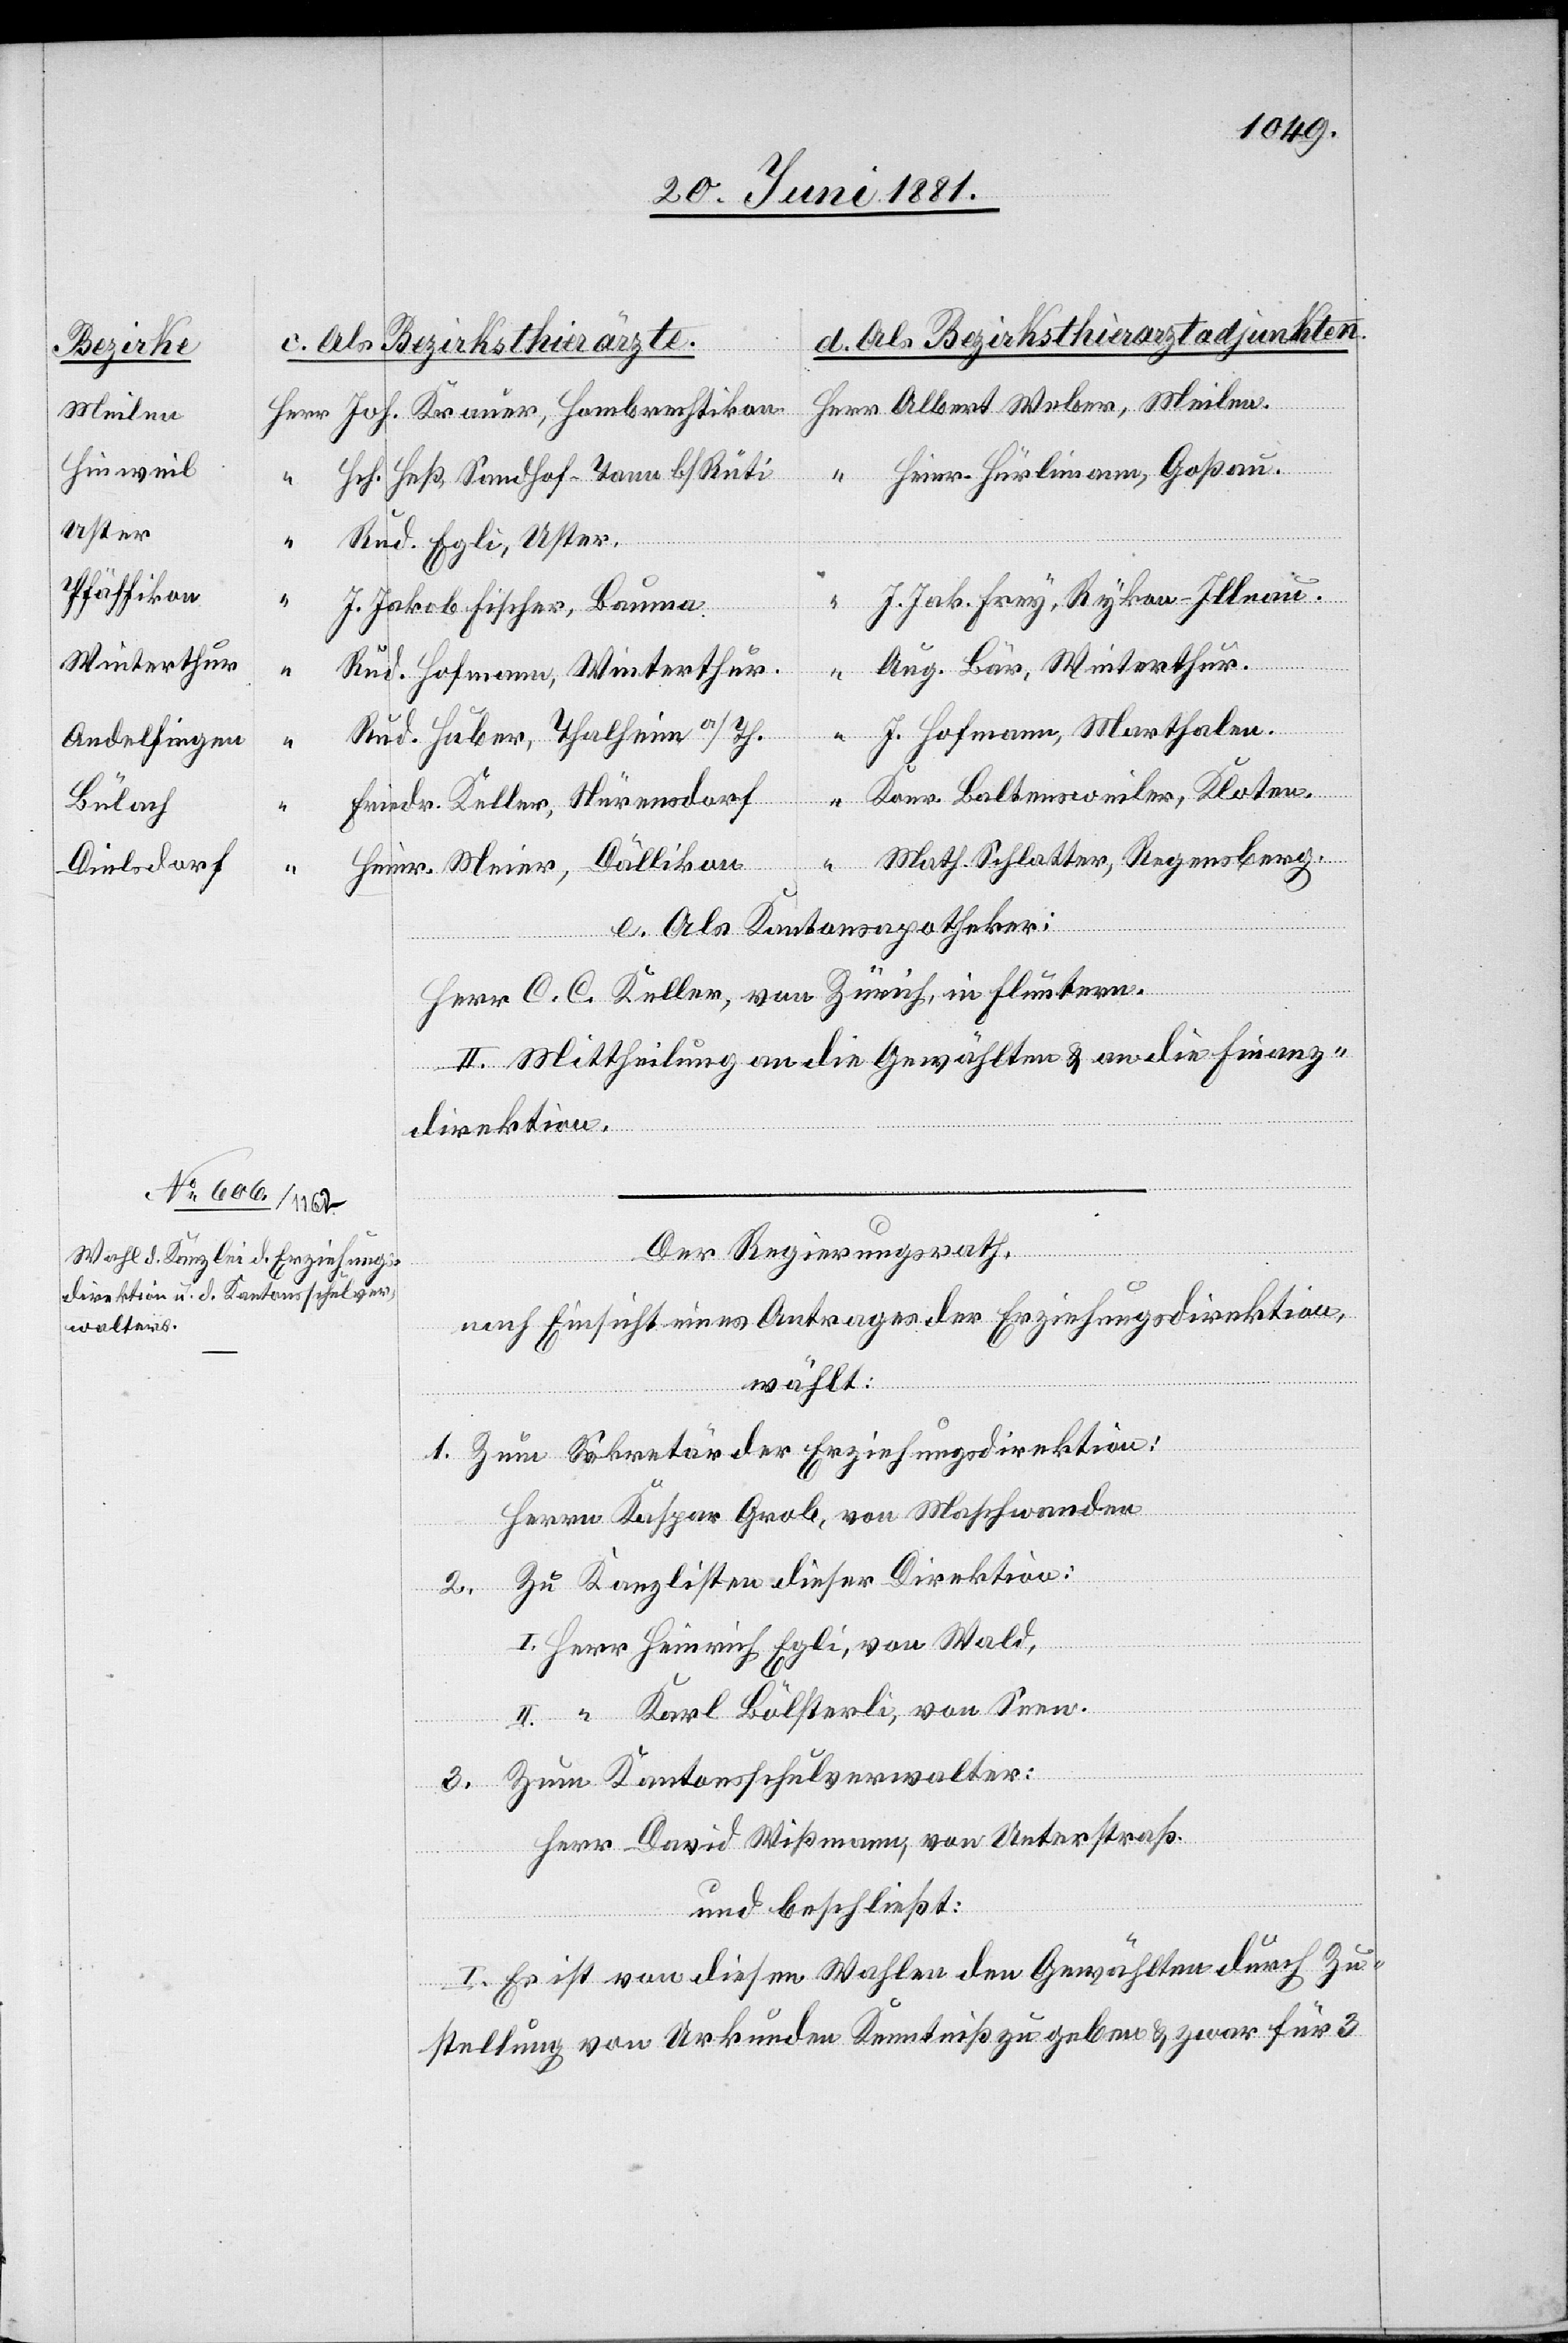
Joh. Krauer, Hombrechtikon
Meilen.
Hinweil
Hier. Hürlimann, Goßau.
Hch. Heß, Sandhof - Tann b/Rüti
“
Uster
“
Rud. Egli, Uster.
Pfäffikon
J. Jak. Frey, Rykon - Illnau.
“
J. Jakob Fischer, Bauma
Winterthur
Aug. Bär, Winterthur.
Rud. Hofmann, Winterthur
“
J. Hofmann, Marthalen.
Rud. Huber, Thalheim a/Th.
Andelfingen
Friedr. Keller, Nürensdorf
Bülach
Math. Schlatter, Regensberg.
e. Als Kantonsapotheker:
Weber,
Herr C. C. Keller, von Zürich, in Fluntern.
II. Mittheilung an die Gewählten & an die Finanz¬
direktion.
Der Regierungsrath,
nach Einsicht eines Antrages der Direktion Erziehungsdirektion,
wählt:
1. Zum Sekretär der Erziehungsdirektion:
Herrn Kaspar Grob, von Maschwanden
2. Zu Kanzlisten dieser Direktion:
I. Herr Heinrich Egli, von Wald.
II. “ Karl Bölsterli, von Seen.
3. Zum Kantonsschulverwalter:
Herr David Wißmann, von Unterstraß.
und beschließt:
I. Es ist von diesen Wahlen den Gewählten durch Zu¬
stellung von Urkunden Kenntniß zu geben & zwar für 3